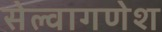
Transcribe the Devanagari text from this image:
सेल्वागणेश